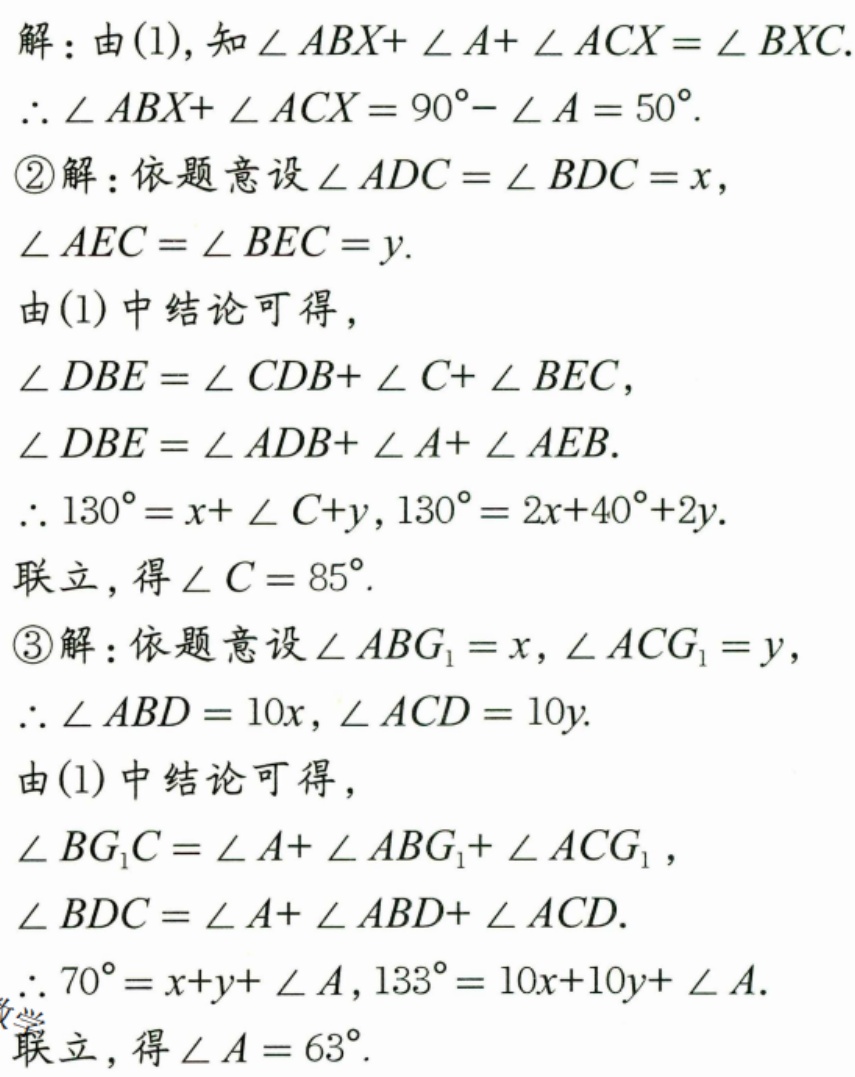
解：由(1), 知\(\angle ABX+\angle A+\angle ACX = \angle BXC\).
\(\therefore\angle ABX+\angle ACX = 90^{\circ}-\angle A = 50^{\circ}\).
\textcircled{2}解：依题意设\(\angle ADC=\angle BDC = x\),
\(\angle AEC=\angle BEC = y\).
由(1)中结论可得，
\(\angle DBE=\angle CDB+\angle C+\angle BEC\),
\(\angle DBE=\angle ADB+\angle A+\angle AEB\).
\(\therefore130^{\circ}=x+\angle C + y\), \(130^{\circ}=2x + 40^{\circ}+2y\).
联立，得\(\angle C = 85^{\circ}\).
\textcircled{3}解：依题意设\(\angle ABG_{1}=x\), \(\angle ACG_{1}=y\),
\(\therefore\angle ABD = 10x\), \(\angle ACD = 10y\).
由(1)中结论可得，
\(\angle BG_{1}C=\angle A+\angle ABG_{1}+\angle ACG_{1}\),
\(\angle BDC=\angle A+\angle ABD+\angle ACD\).
\(\therefore70^{\circ}=x + y+\angle A\), \(133^{\circ}=10x + 10y+\angle A\).
联立，得\(\angle A = 63^{\circ}\).